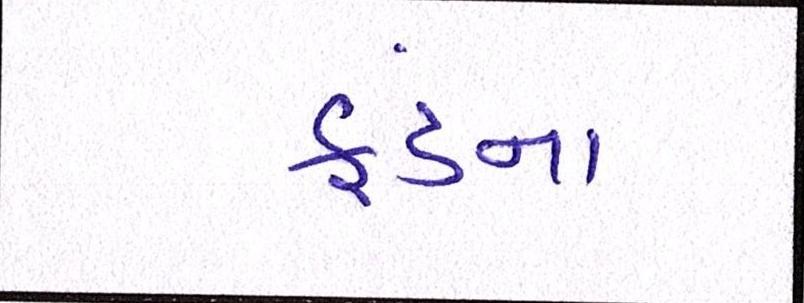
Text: ફંડના